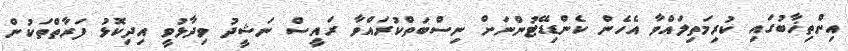
އިންތިޚާބުގައި ކުރިމަތިލައްވާ އެހެން ކެންޑިޑޭޓުންނަށް ނިސްބަތްކުރައްވާ ރައީސް ނަޝީދު ވިދާޅުވީ އިދިކޮޅު ފަރާތްތަކުން